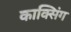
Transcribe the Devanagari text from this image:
काक्सिंग